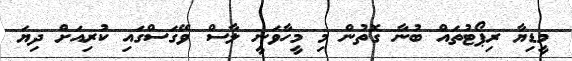
މީޑިޔާ ރިޕޯޓުތައް ބުނާ ގޮތުން މި މީހާވަނީ ލާސް ވޭގަސްގައި ކުރިއަށް ދިޔަ